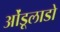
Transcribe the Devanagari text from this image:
ओंडूलाडो